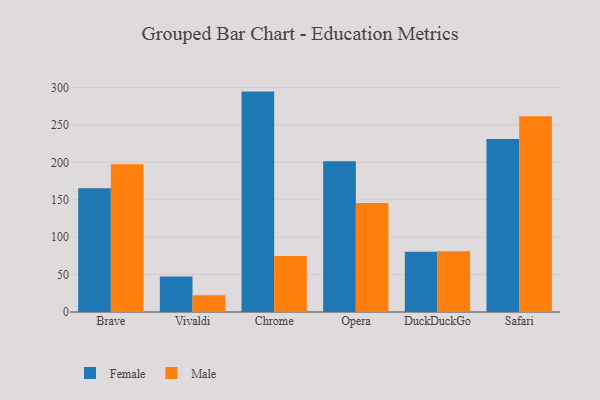
{"axis": {"x": "Browser", "y": "Market Share (%)"}, "legend": ["Female", "Male"], "data": [{"x": "Brave", "y": 165.6, "type": "Female"}, {"x": "Brave", "y": 197.4, "type": "Male"}, {"x": "Vivaldi", "y": 47.4, "type": "Female"}, {"x": "Vivaldi", "y": 22.5, "type": "Male"}, {"x": "Chrome", "y": 294.7, "type": "Female"}, {"x": "Chrome", "y": 75.0, "type": "Male"}, {"x": "Opera", "y": 201.5, "type": "Female"}, {"x": "Opera", "y": 145.6, "type": "Male"}, {"x": "DuckDuckGo", "y": 80.4, "type": "Female"}, {"x": "DuckDuckGo", "y": 81.2, "type": "Male"}, {"x": "Safari", "y": 231.2, "type": "Female"}, {"x": "Safari", "y": 261.9, "type": "Male"}]}